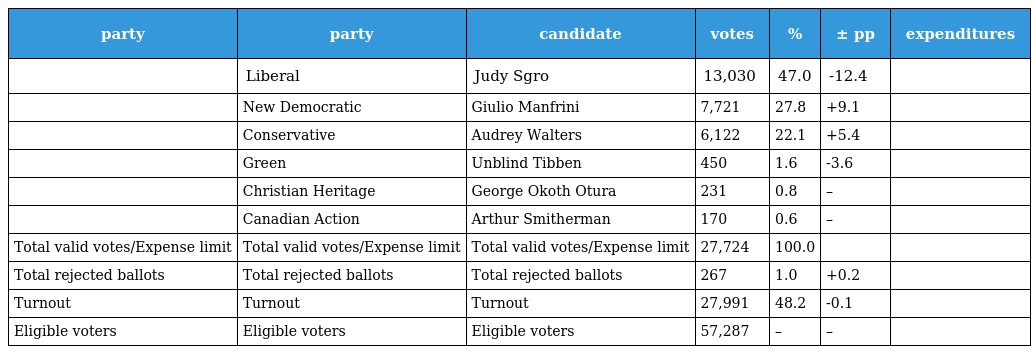
| party | party | candidate | votes | % | ± pp | expenditures |
 | --- | --- | --- | --- | --- | --- | --- |
 |  | Liberal | Judy Sgro | 13,030 | 47.0 | -12.4 |  |
 |  | New Democratic | Giulio Manfrini | 7,721 | 27.8 | +9.1 |  |
 |  | Conservative | Audrey Walters | 6,122 | 22.1 | +5.4 |  |
 |  | Green | Unblind Tibben | 450 | 1.6 | -3.6 |  |
 |  | Christian Heritage | George Okoth Otura | 231 | 0.8 | – |  |
 |  | Canadian Action | Arthur Smitherman | 170 | 0.6 | – |  |
 | Total valid votes/Expense limit | Total valid votes/Expense limit | Total valid votes/Expense limit | 27,724 | 100.0 |  |  |
 | Total rejected ballots | Total rejected ballots | Total rejected ballots | 267 | 1.0 | +0.2 |  |
 | Turnout | Turnout | Turnout | 27,991 | 48.2 | -0.1 |  |
 | Eligible voters | Eligible voters | Eligible voters | 57,287 | – | – |  |